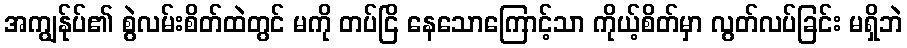
အကျွန်ုပ်၏ စွဲလမ်းစိတ်ထဲတွင် မကို တပ်ငြိ နေသောကြောင့်သာ ကိုယ့်စိတ်မှာ လွတ်လပ်ခြင်း မရှိဘဲ